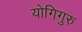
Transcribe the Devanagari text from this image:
योगिगुरु